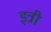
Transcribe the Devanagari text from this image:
इत्री